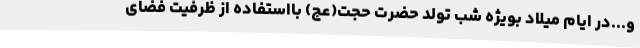
و...در ایام میلاد بویژه شب تولد حضرت حجت(عج) بااستفاده از ظرفیت فضای